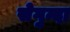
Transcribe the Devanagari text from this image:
सेगुन्दा